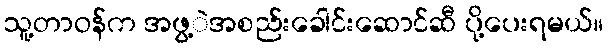
သူ့တာဝန်က အဖွ့ဲအစည်းခေါင်းဆောင်ဆီ ပို့ပေးရမယ်။